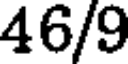
46/9